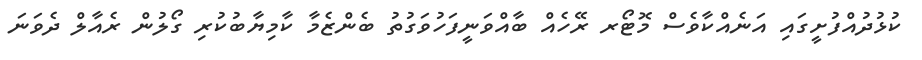
ކުޅުދުއްފުށީގައި އަނެއްކާވެސް މޮޓޯރ ރޭހެއް ބާއްވަނީފަހުވަގުތު ބެންޒެމާ ކާމިޔާބުކުރި ގޯލުން ރެއާލް ދެވަނަ